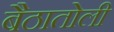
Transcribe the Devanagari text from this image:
बैठातोली